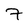
Character: 7